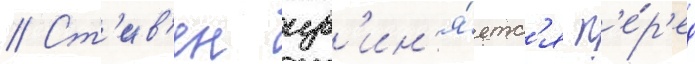
// Ст'ив'ен изв'ин'я́етс'я п'е́р'ед